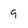
Character: 9